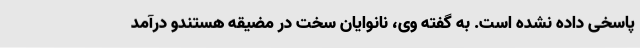
پاسخی داده نشده است. به گفته وی، نانوایان سخت در مضیقه هستندو درآمد